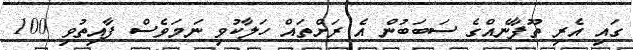
ގައި އެރި ތޫފާނެއްގެ ސަބަބުން އެ ރަށްތައް ހަލާކުވި ނަމަވެސް ފާއިތުވި 100